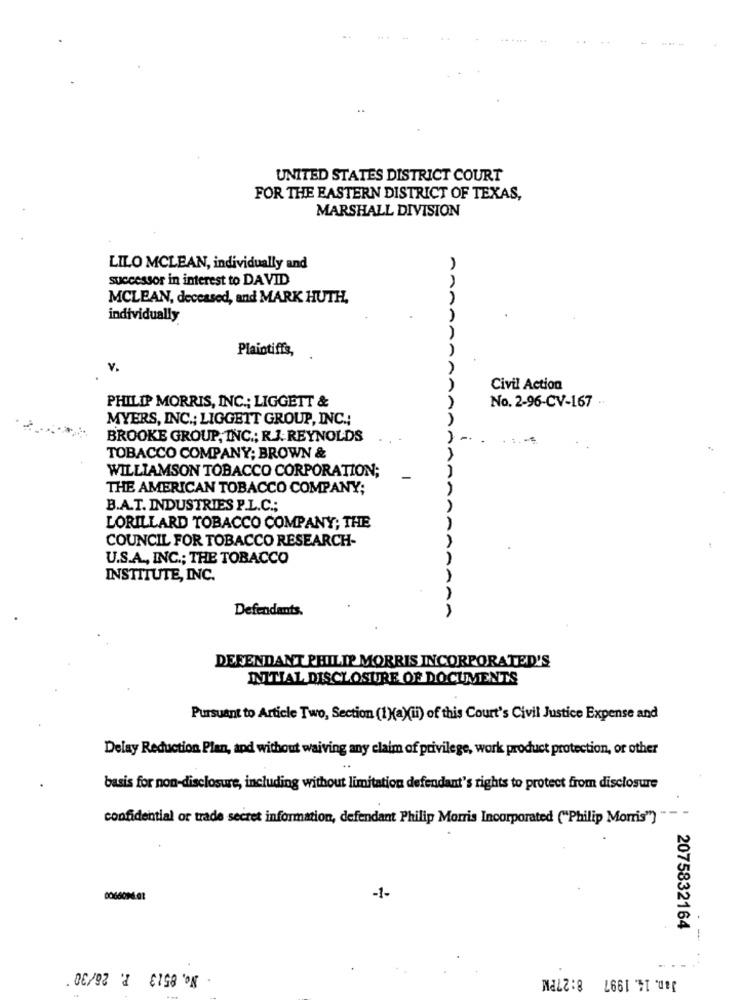
.+
-
UNITED STATES DISTRICT COURT
FOR THE EASTERN DISTRICT OF TEXAS,
MARSHALL DIVISION
LILO MCLEAN, individually and
successor in interest to DAVID
MCLEAN, deceased, and MARK HUTH.
individually
AnnÃ
Plaintiffs,
A
v.
Civil Action
PHILIP MORRIS, INC .; LIGGETT &
No. 2-96-CV-167
MYERS, INC .; LIGGETT GROUP, INC .;
BROOKE GROUP, INC .; R.J. REYNOLDS
TOBACCO COMPANY; BROWN &
WILLIAMSON TOBACCO CORPORATION;
THE AMERICAN TOBACCO COMPANY;
B.A.T. INDUSTRIES P.L.C .;
AA
LORILLARD TOBACCO COMPANY; THE
COUNCIL FOR TOBACCO RESEARCH-
U.S.A ., INC .; THE TOBACCO
INSTITUTE, INC.
Defendants.
AAAAAA
DEFENDANT PHILIP MORRIS INCORPORATED'S
INITIAL DISCLOSURE OF DOCUMENTS
Pursuant to Article Two, Section (1)(a)(ii) of this Court's Civil Justice Expense and
Delay Reduction Plan, and without waiving any claim of privilege, work product protection, or other
basis for non-disclosure, including without limitation defendant's rights to protect from disclosure
confidential or trade secret information, defendant Philip Morris Incorporated ("Philip Morris")
-1-
2075832164
- No. 8513 P. 26/30 '
Jan. 14. 1997 8:27PM